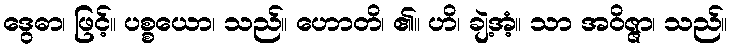
ဒွေဓာ၊ ဖြင့်။ ပစ္စယော၊ သည်။ ဟောတိ၊ ၏။ ဟိ၊ ချဲ့အံ့။ သာ အဝိဇ္ဇာ၊ သည်။